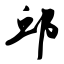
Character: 邱